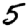
Digit: 5